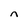
Character: n